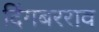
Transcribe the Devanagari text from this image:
दिंगबरराव